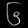
Digit: ၆